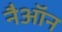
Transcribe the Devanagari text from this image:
नैऑन